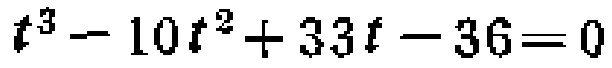
$\begin{cases}

x = \frac{-8t}{4 + t^{2}}; \\

y = \frac{16 - 4t^{2}}{4 + t^{2}}.

\end{cases}$（$t$为参数）为普通方程。